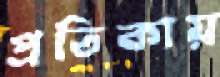
প্রতিকায়